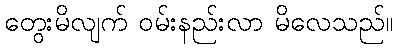
တွေးမိလျက် ဝမ်းနည်းလာ မိလေသည်။